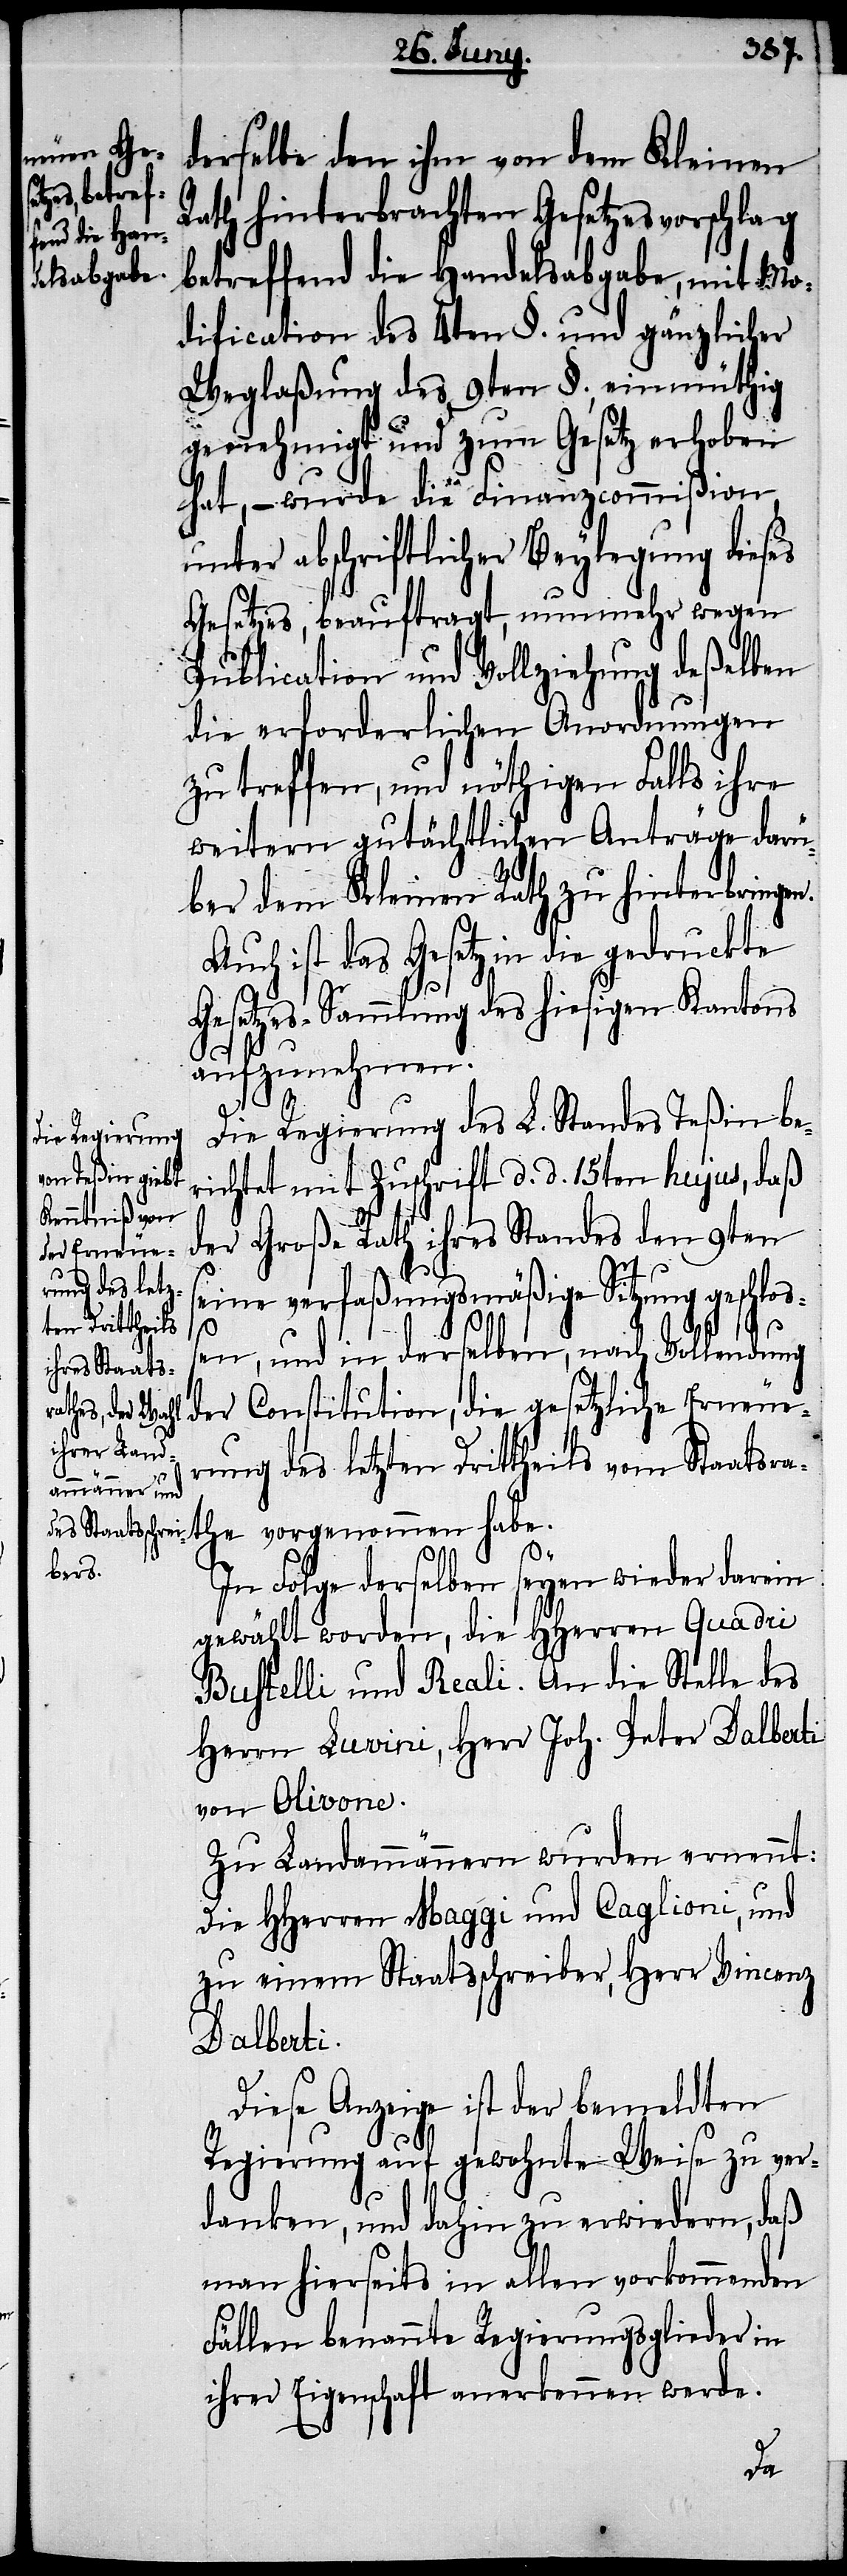
derselbe den ihm von dem Kleinen
Rath hinterbrachten Gesetzesvorschlag
betreffend die Handelsabgabe, mit Mo¬
dification des 4ten §. und gänzlicher
Weglaßung des 9ten §., einmüthig
genehmigt und zum Gesetz erhoben
hat, – wurde die Finanzcommißion
unter abschriftlicher Beylegung dieses
Gesetzes, beauftragt, nunmehr wegen
Publication und Vollziehung deßelben
die erforderlichen Anordnungen
zu treffen, und nöthigen Falls ihre
weitern gutächtlichen Anträge darü¬
ber dem Kleinen Rath zu hinterbringen.
Auch ist das Gesetz in die gedruckte
Gesetzes-Sammlung des hiesigen Kantons
aufzunehmen.
Die Regierung des L. Standes Teßin be¬
richtet mit Zuschrift d. d. 15ten hujus, daß
der Große Rath ihres Standes den 9ten
s¬
eine verfaßungsmäßige Sitzung geschloß¬
en, und in derselben, nach Vollendung
der Constitution, die gesetzliche Erneue¬
rung des letzten Drittheils vom Staatsra¬
the vorgenommen habe.
In Folge derselben seyen wieder darein
gewählt worden, die HHerren Quadri
Bustelli und Reali. An die Stelle des
Herrn Luvini, Herr Joh. Peter Dalberti
von Olivone.
Zu Landammännern wurden ernennt:
Die HHerren Maggi und Caglioni, und
zu einem Staatsschreiber, Herr Vincenz
Dalberti.
Diese Anzeige ist der bemeldten
Regierung auf gewohnte Weise zu ver¬
danken, und dahin zu erwiedern, daß
man hierseits in allen vorkommenden
Fällen benannte Regierungsglieder in
ihrer Eigenschaft anerkennen werde.